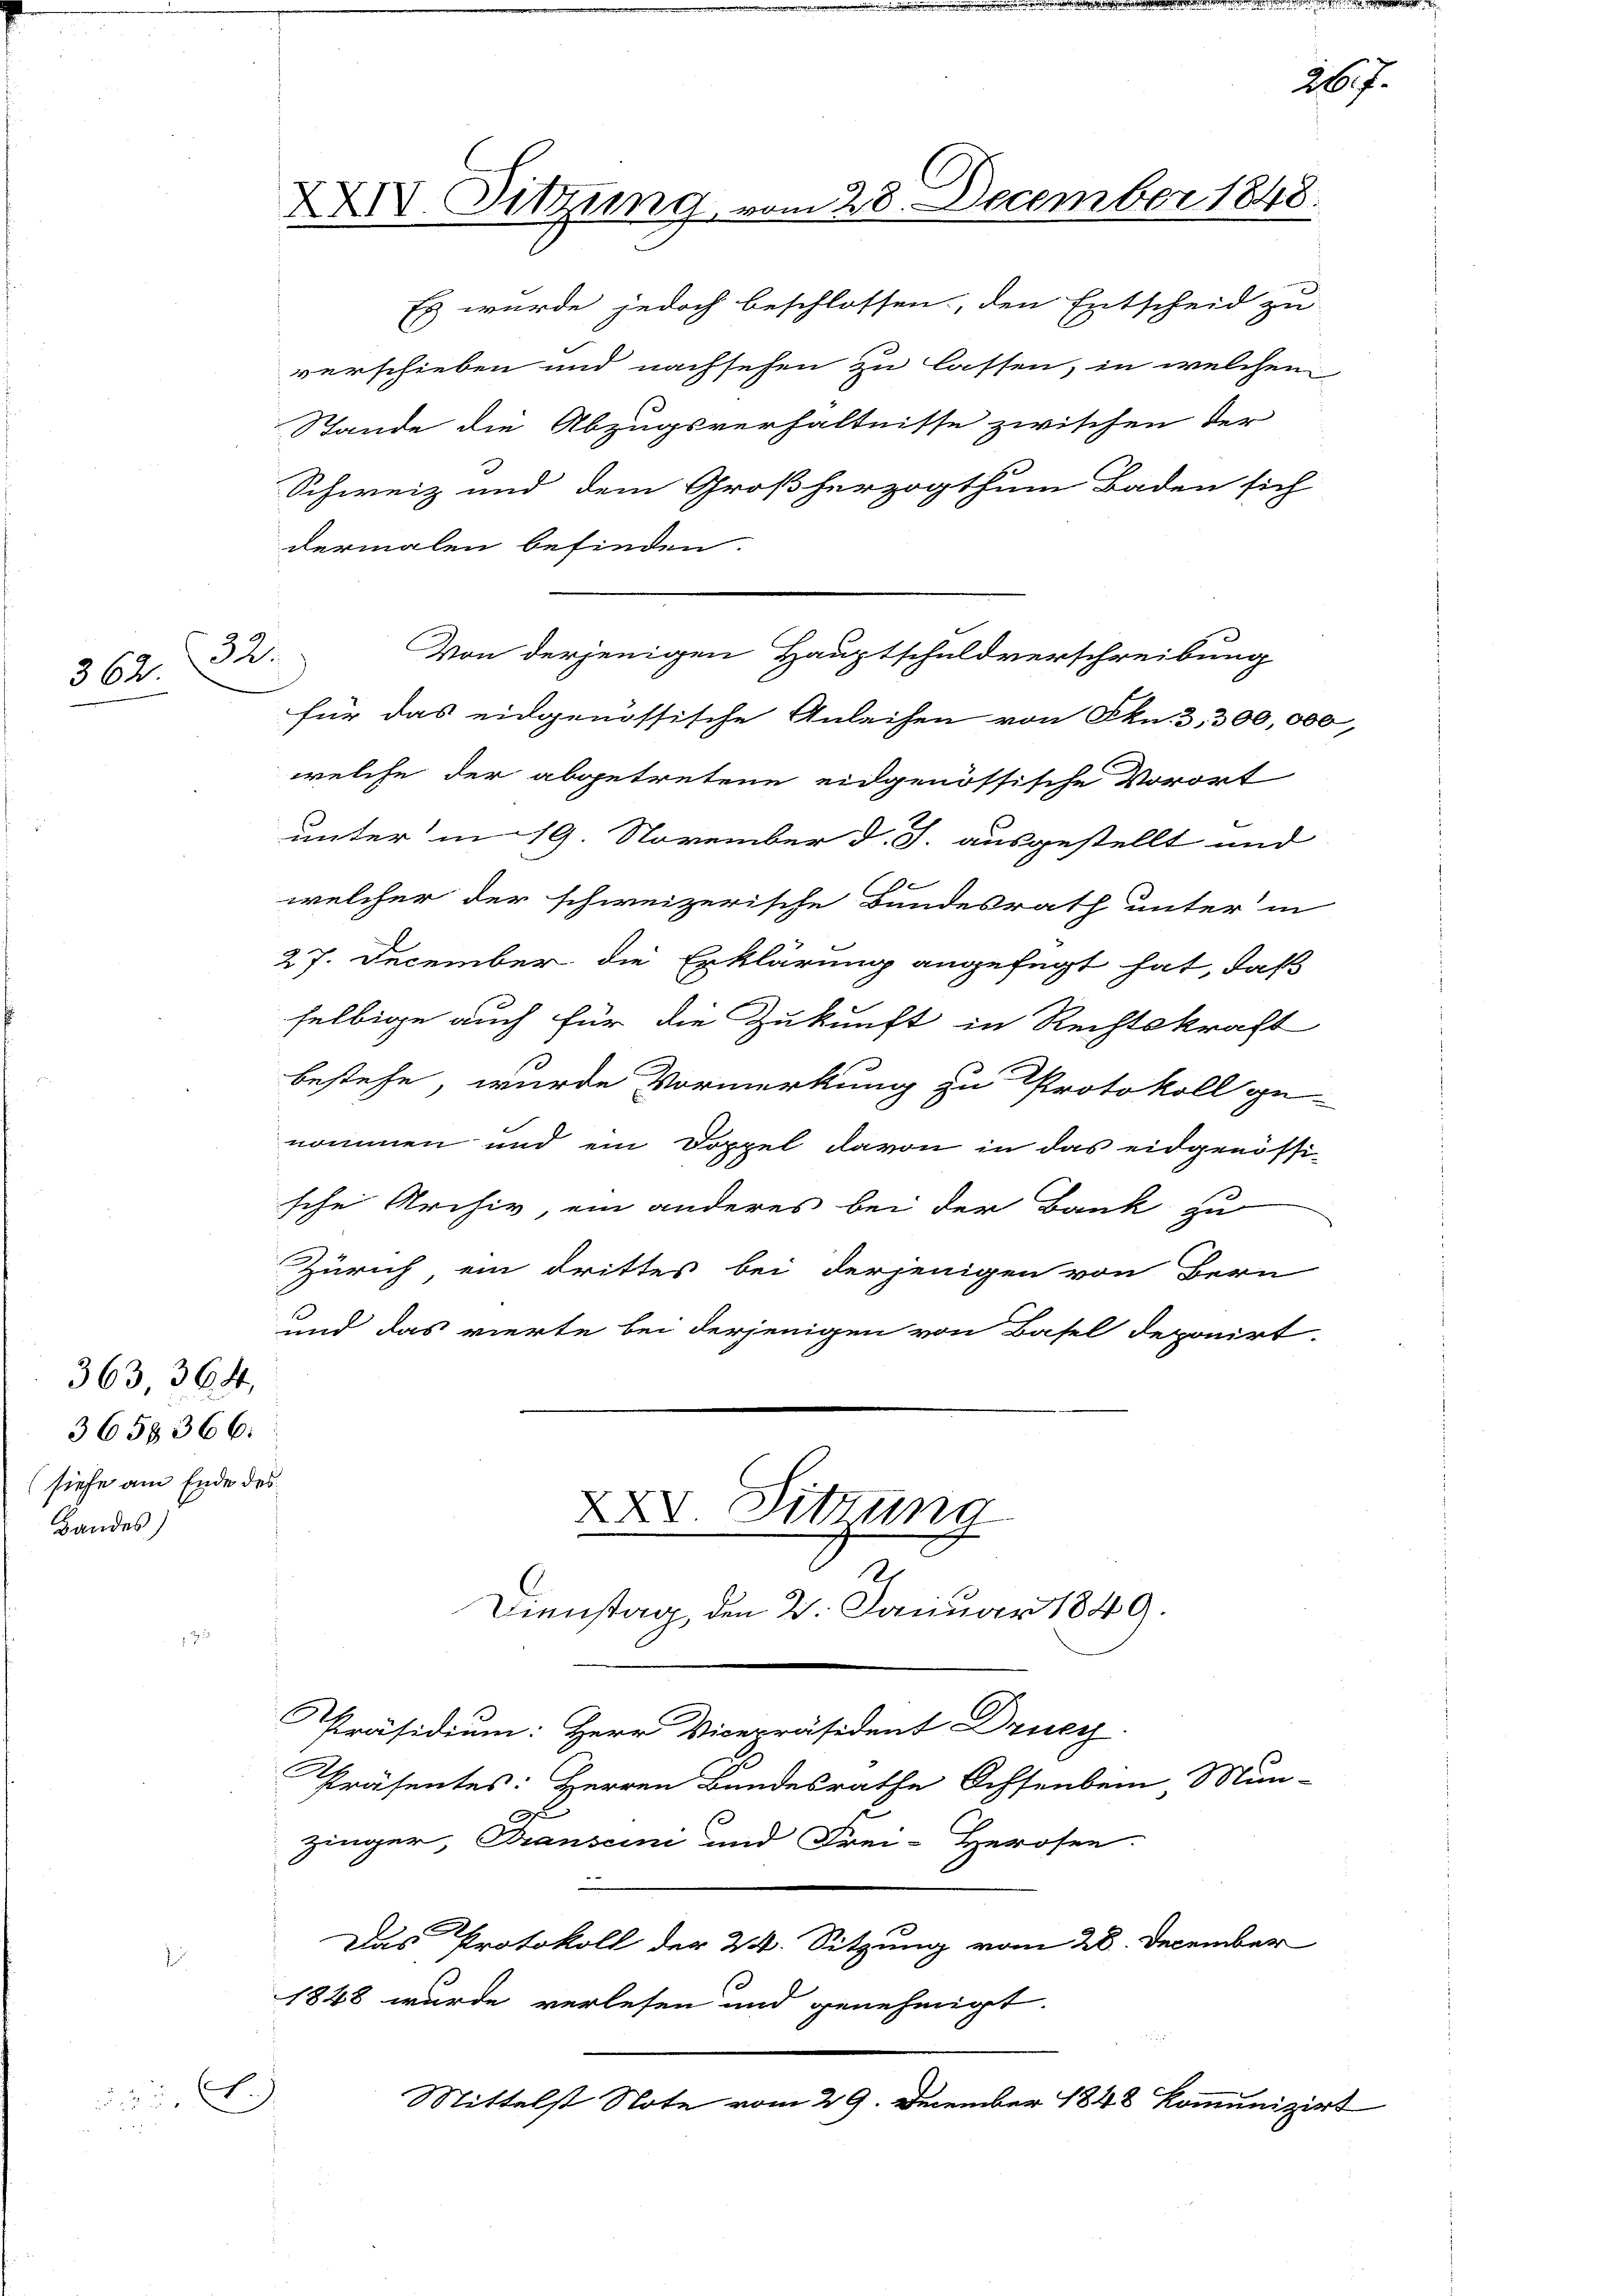
362.

32.

363 364,
3658366:
(siehe am Ende des
Handes)

Es wurde jedoch beschlossen, den Entscheid zu
verschieben und nachsehen zu lassen, in welchen
Stande die Abzugsverhältnisse zwischen der
Schweiz und dem Großherzogthum Baden sich
dermalen befinden.
für das eidgenössische Anleihen von Fkn. 3. 300,000,
welche der abgetretene eidgenössische Vorort
unter in 19. November d. J. ausgestellt und
welcher der schweizerische Bundesrath unter in
27. December die Erklärung angefügt hat, daß
selbige auch für die Zukunft in Rechtskraft
bestehe, wurde Vormerkung zu Protokoll ge-
nommen und ein Doppel davon in das eidgenössi-
sche Archiv, ein anderes bei der Bank zu
Zürich ein drittes bei derjenigen von Bern
und das vierte bei derjenigen von Basel deponirt.
XXV. Sitzung

C.)

XXIV. Sitzung vom 28. December 1848.

zinger, Transcini und Frei-Herosen.

2
Dienstag, den 2. Januar 1849.
Präsidium: Herr Vicepräsident Drucy.
Präsentes: Herren Bundesrathe Ochsenbein Mun-

Mittelst Note vom 29. December 1848 kommunizirt

Von derjenigen Hauptschuldverschreibung

267.

Das Protokoll der 24. Sitzung vom 28. December
1848 wurde verlesen und genehmigt.